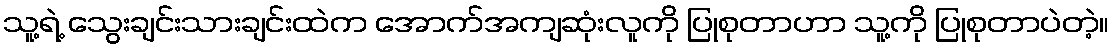
သူ့ရဲ့ သွေးချင်းသားချင်းထဲက အောက်အကျဆုံးလူကို ပြုစုတာဟာ သူ့ကို ပြုစုတာပဲတဲ့။